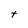
Character: t